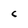
Character: C